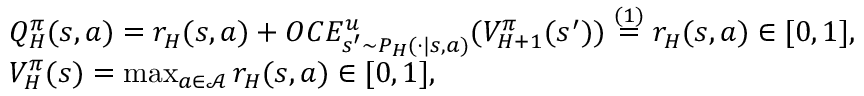
\begin{array} { r l } & { Q _ { H } ^ { \pi } ( s , a ) = r _ { H } ( s , a ) + O C E _ { s ^ { \prime } \sim P _ { H } ( \cdot \vert s , a ) } ^ { u } ( V _ { H + 1 } ^ { \pi } ( s ^ { \prime } ) ) \overset { ( 1 ) } { = } r _ { H } ( s , a ) \in [ 0 , 1 ] , } \\ & { V _ { H } ^ { \pi } ( s ) = \operatorname* { m a x } _ { a \in \mathcal { A } } r _ { H } ( s , a ) \in [ 0 , 1 ] , } \end{array}